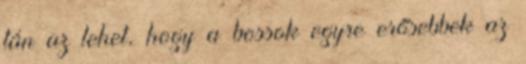
tán az lehet, hogy a bossok egyre erősebbek az